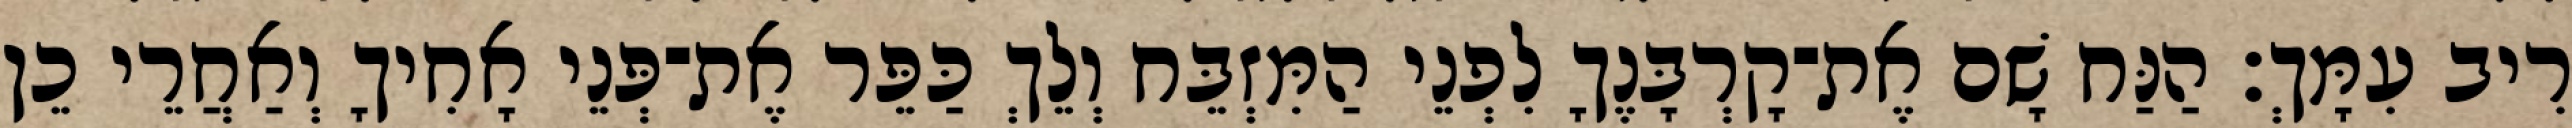
רִיב עִמָּךְ׃ הַנַּח שָׁם אֶת־קָרְבָּנֶךָ לִפְנֵי הַמִּזְבֵּח וְלֵךְ כַּפֵּר אֶת־פְּנֵי אָחִיךָ וְאַחֲרֵי כֵן